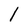
Character: 1